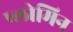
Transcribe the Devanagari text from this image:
प्लोमिन